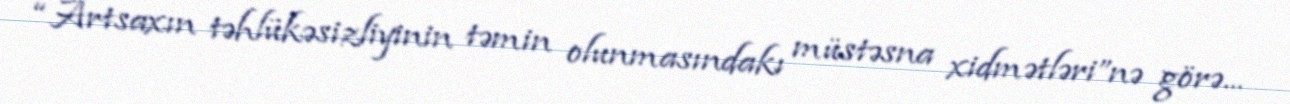
“Artsaxın təhlükəsizliyinin təmin olunmasındakı müstəsna xidmətləri”nə görə...